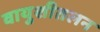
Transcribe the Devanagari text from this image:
वायुशीतलन